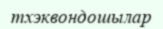
тхэквондошылар